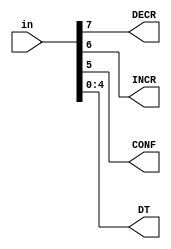
`timescale 1ns / 1ps
//////////////////////////////////////////////////////////////////////////////////
// Company: 
// 
// Design Name: 
// Module Name: Driver_MANOR_CELLAR
// Project Name: 
// Target Devices: 
// Tool Versions: 
// Description: 
// 
// Dependencies: 
// 
// Revision:
// Revision 0.01 - File Created
// Additional Comments:
// 
//////////////////////////////////////////////////////////////////////////////////


module Driver_MANOR_CELLAR #(parameter SIZE_IN = 8)(
input wire[SIZE_IN-1:0] in,
output reg DECR,INCR, CONF,
output reg [4:0] DT
);

always@(in)begin
DECR = in[7];
INCR = in[6];
CONF = in[5];
DT = {in[4], in[3], in[2], in[1], in[0]}; 
end


endmodule